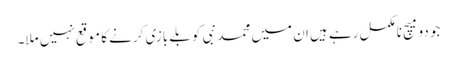
جو دو میچ نامکمل رہے ہیں ان میں محمد نبی کو بلے بازی کرنے کا موقع نہیں ملا۔